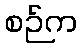
စဉ်က